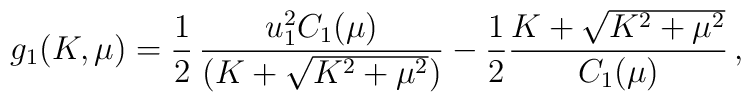
g_1 (K,\mu) = {1\over 2} \,{u_1^2 C_1(\mu) 			\over ( K + \sqrt{K^2 + \mu^2})}-{1\over 2} { K + \sqrt{K^2 + \mu^2}\over C_1(\mu)}\,,